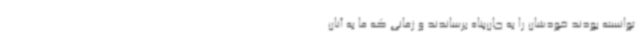
توانسته بودند خودشان را به جان‌پناه برساندند و زمانی که ما به آنان